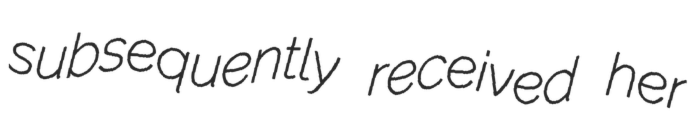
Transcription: subsequently received her